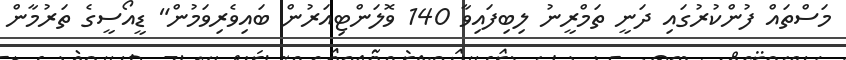
މަސްތައް ފުންކުރުުގައި ދަނީ ތަމްރީނު ލިބިފައިވާ 140 ވޮލަންޓިއަރުން ބައިވެރިވަމުން" ޑީއޯސީގެ ތަރުމާން